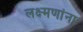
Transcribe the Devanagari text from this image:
लक्ष्मणांना